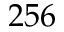
2 5 6